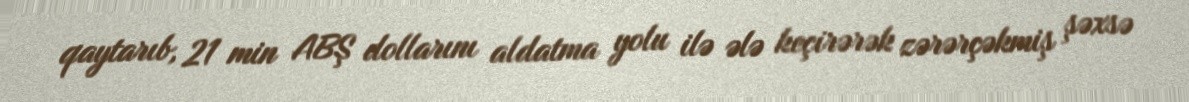
qaytarıb, 21 min ABŞ dollarını aldatma yolu ilə ələ keçirərək zərərçəkmiş şəxsə